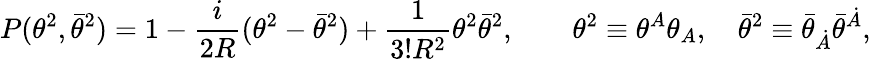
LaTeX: P(\theta^{2},\bar{\theta}^{2})=1-{\frac{i}{2R}}(\theta^{2}-\bar{\theta}^{2})+{\frac{1}{3!R^{2}}}\theta^{2}\bar{\theta}^{2},\qquad\theta^{2}\equiv\theta^{A}\theta_{A},\quad\bar{\theta}^{2}\equiv\bar{\theta}_{\dot{A}}\bar{\theta}^{\dot{A}},